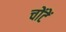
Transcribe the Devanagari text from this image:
चोंटें